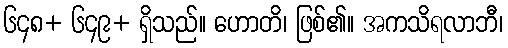
၆၄၈+ ၆၄၉+ ရှိသည်။ ဟောတိ၊ ဖြစ်၏။ အကသိရလာဘီ၊